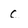
Character: c